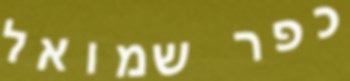
כפר שמואל